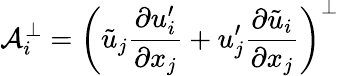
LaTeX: \mathcal{A}_{i}^{\bot}=\left(\tilde{u}_{j}\frac{\partial u_{i}^{\prime}}{\partial x_{j}}+u_{j}^{\prime}\frac{\partial\tilde{u}_{i}}{\partial x_{j}}\right)^{\bot}